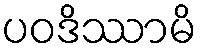
ပဝဒိဿာမိ